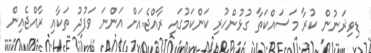
ޑިވިޜަނުން ކުރާ މަސައްކަތާ ގުޅުންހުރި ކަންކަމުގައި ރާއްޖެއަށް އަންނަ ވަފުދު ތަކާއި ރާއްޖެއިން